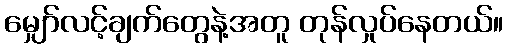
မျှော်လင့်ချက်တွေနဲ့အတူ တုန်လှုပ်နေတယ်။